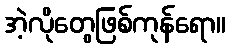
အဲ့လိုတွေဖြစ်ကုန်ရော။